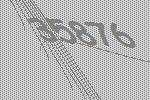
35876